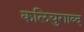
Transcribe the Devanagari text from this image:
कलियुगाब्द